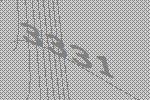
3331